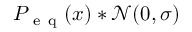
P _ { \mathrm { ~ e ~ q ~ } } ( x ) * \mathcal { N } ( 0 , \sigma )